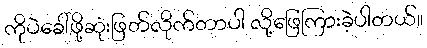
ကိုပဲခေါ်ဖို့ဆုံးဖြတ်လိုက်တာပါ လို့ဖြေကြားခဲ့ပါတယ်။